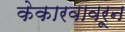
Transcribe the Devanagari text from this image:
केकारवावरून